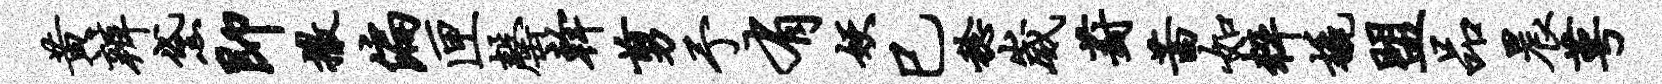
黄辨黛即撒偏匣罄干剪予有妖巳稔崴葑茜如粹橇盟品晨萼